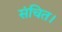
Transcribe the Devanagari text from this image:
संचित।